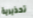
تحذيرية